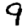
Digit: 9